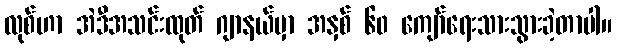
လုစ်ဟာ အဲဒီအသင်းထုတ် ဂျာနယ်မှာ အနှစ် ၆၀ ကျော်ရေးသားသွားခဲ့တာပါ။